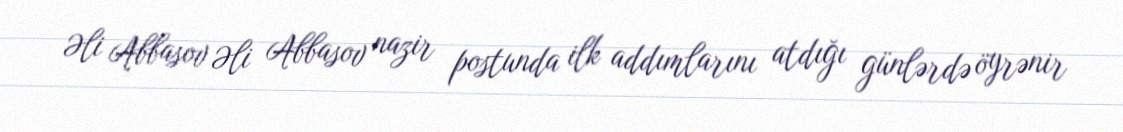
Əli Abbasov Əli Abbasov nazir postunda ilk addımlarını atdığı günlərdə öyrənir